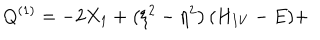
LaTeX: Q ^ { ( 1 ) } = - 2 X _ { 1 } + \left( \xi ^ { 2 } - \eta ^ { 2 } \right) ( H _ { I V } - E ) +